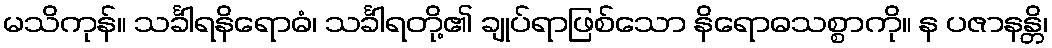
မသိကုန်။ သင်္ခါရနိရောဓံ၊ သင်္ခါရတို့၏ ချုပ်ရာဖြစ်သော နိရောဓသစ္စာကို။ န ပဇာနန္တိ၊